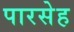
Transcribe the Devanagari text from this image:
पारसेह